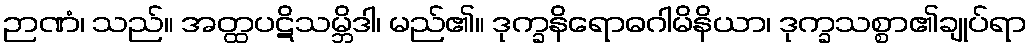
ဉာဏံ၊ သည်။ အတ္ထပဋိသမ္ဘိဒါ၊ မည်၏။ ဒုက္ခနိရောဓဂါမိနိယာ၊ ဒုက္ခသစ္စာ၏ချုပ်ရာ